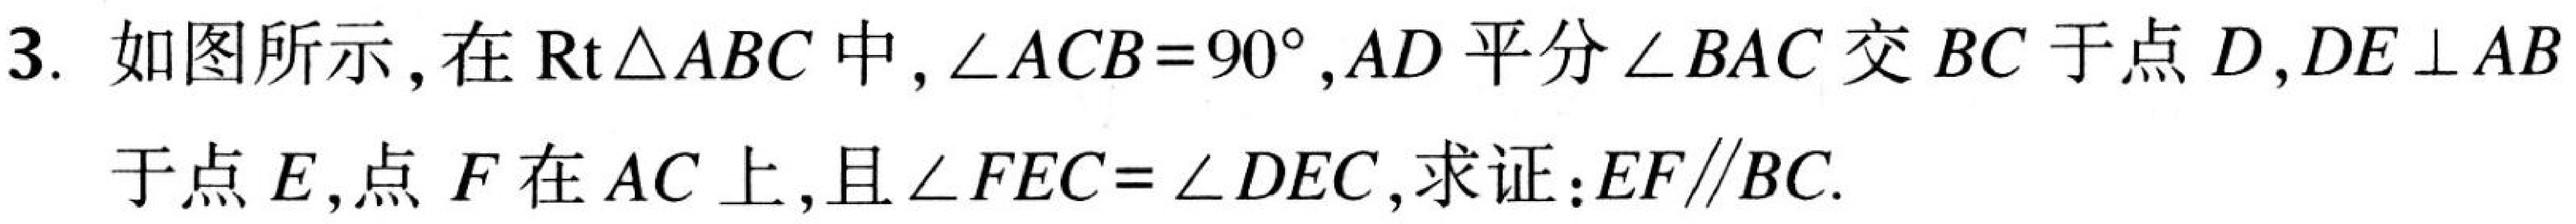
3. 如图所示，在\(\text{Rt}\triangle ABC\)中，\(\angle ACB = 90^{\circ}\)，\(AD\)平分\(\angle BAC\)交\(BC\)于点\(D\)，\(DE\perp AB\)于点\(E\)，点\(F\)在\(AC\)上，且\(\angle FEC=\angle DEC\)，求证：\(EF\parallel BC\).